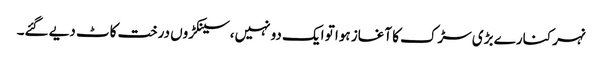
نہر کنارے بڑی سڑک کا آغاز ہوا تو ایک دو نہیں،سینکڑوں درخت کاٹ دیے گئے۔